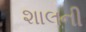
શાલની